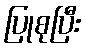
ပြုစုပြီး